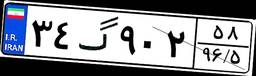
۳۵گ۹۳۹۶۶